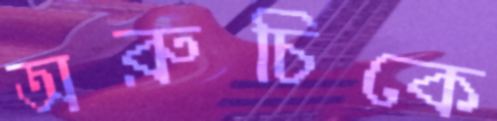
অরুচিকে